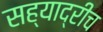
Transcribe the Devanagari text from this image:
सह्याद्रीच